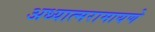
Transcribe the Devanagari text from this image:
अध्यात्मरामायणे